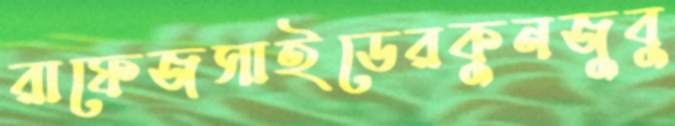
রাফেজসাইডেরকুনজুবু